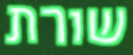
שורת